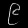
Digit: ၉